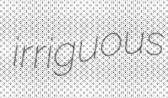
irriguous